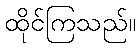
ထိုင်ကြသည်။